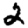
Digit: 2